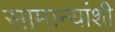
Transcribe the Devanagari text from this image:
सामान्यांशी